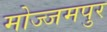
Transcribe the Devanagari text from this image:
मोज्जमपुर